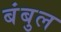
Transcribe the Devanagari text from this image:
बंबुल